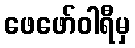
ဖေဖော်ဝါရီမှ